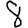
Digit: 8